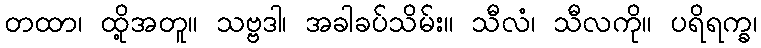
တထာ၊ ထို့အတူ။ သဗ္ဗဒါ၊ အခါခပ်သိမ်း။ သီလံ၊ သီလကို။ ပရိရက္ခ၊